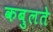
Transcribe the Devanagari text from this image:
कबुलते